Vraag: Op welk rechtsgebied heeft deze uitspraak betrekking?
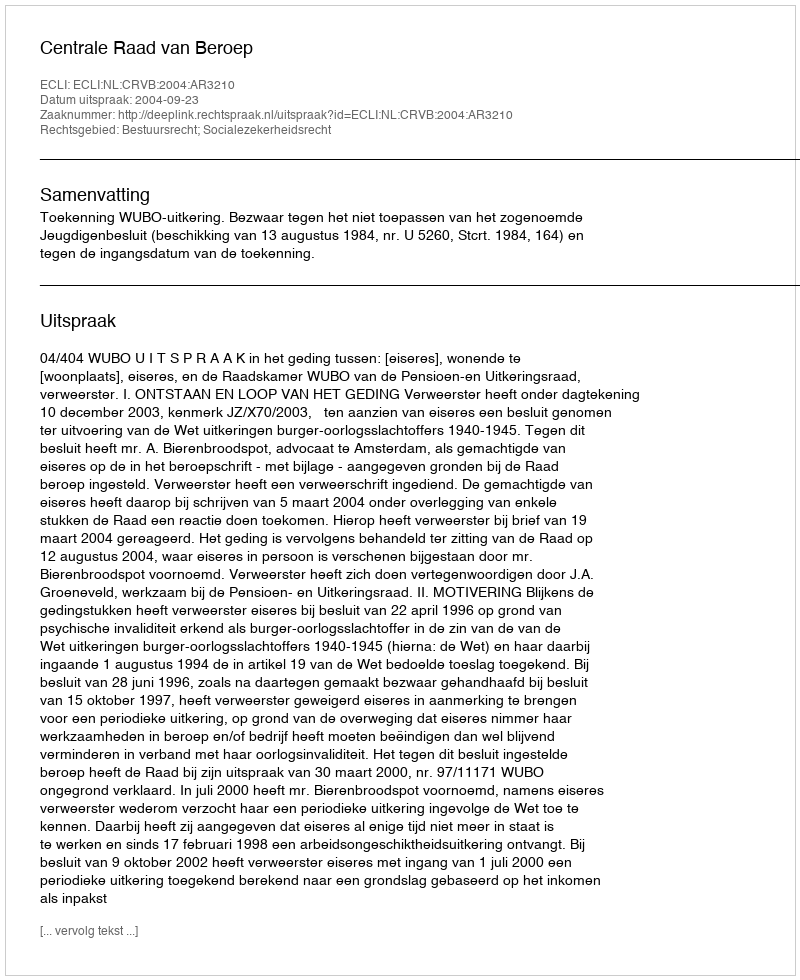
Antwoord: Bestuursrecht; Socialezekerheidsrecht